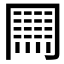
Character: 𠕲